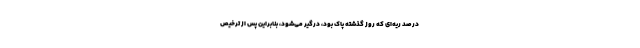
درصد ریه‌ای که روز گذشته پاک بود، درگیر می‌شود، بنابراین پس از ترخیص